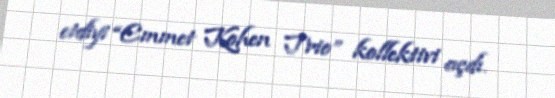
etdiyi “Emmet Kohen Trio” kollektivi açdı.